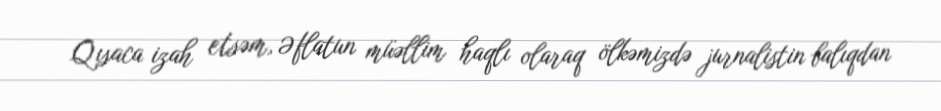
Qısaca izah etsəm, Əflatun müəllim haqlı olaraq ölkəmizdə jurnalistin balıqdan